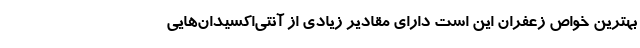
بهترین خواص زعفران این است دارای مقادیر زیادی از آنتی‌اکسیدان‌هایی